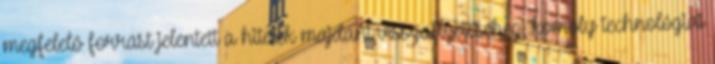
megfelelő forrást jelentett a hitelek majdani visszafizetéséhez, komoly technológiai